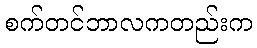
စက်တင်ဘာလကတည်းက